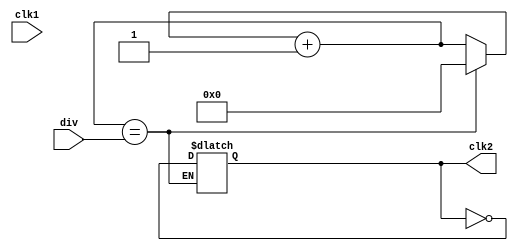
module freqDivider(input clk1, input[3:0] div, output clk2);
  reg[3:0] counter = 4'b0 ;
  reg clkOut = 1'b0 ;
  assign clk2 = clkOut ;
  always @(clk1) begin
    counter = counter + 1;
    if ( counter == div ) begin
      clkOut = ~clkOut;
      counter = 4'b0;
    end
  end
endmodule